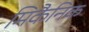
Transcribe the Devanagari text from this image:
मिकैनिक